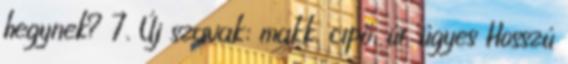
hegynek? 7. Új szavak: makk, cipő, út, ügyes Hosszú